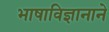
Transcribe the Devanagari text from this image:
भाषाविज्ञानाने